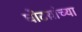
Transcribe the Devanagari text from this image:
घोटय़ांच्या